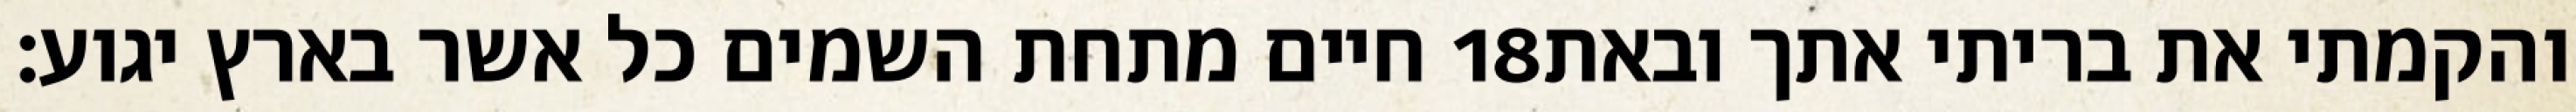
חיים מתחת השמים כל אשר בארץ יגוע׃ ‎18‏ והקמתי את בריתי אתך ובאת